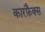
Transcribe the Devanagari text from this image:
कारफ़ैक्स